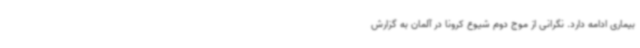
بیماری ادامه دارد. نگرانی از موج دوم شیوع کرونا در آلمان به گزارش